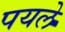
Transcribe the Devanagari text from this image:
पयले